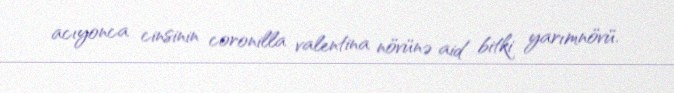
acıyonca cinsinin coronilla valentina növünə aid bitki yarımnövü.